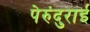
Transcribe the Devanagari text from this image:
पेरुंदुराई